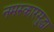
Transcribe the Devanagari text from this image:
नमस्कारसुद्धा